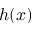
h ( x )